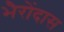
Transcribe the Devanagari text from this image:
भैरोंदास